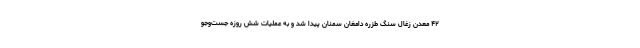
۴۲ معدن زغال سنگ طزره دامغان سمنان پیدا شد و به عملیات شش روزه جست‌وجو